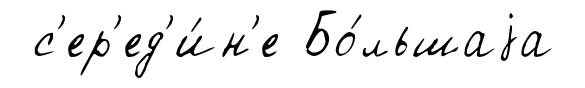
с'ер'ед'и́н'е Бо́льшаjа